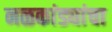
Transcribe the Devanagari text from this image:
नळकांड्यांचा